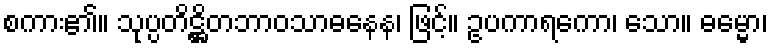
စကား၏။ သုပ္ပတိဋ္ဌိတဘာဝသာဓနေန၊ ဖြင့်။ ဥပကာရကော၊ သော။ ဓမ္မော၊